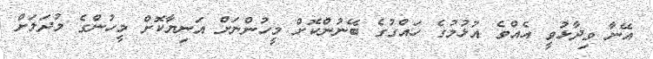
އޭނާ ވިދާޅުވީ އެއްވެ އުޅުމުގެ ހައްގުގެ ބޭނުންކޮށް މީހުންނަށް އަނިޔާކޮށް މީހުންގެ މުދަލަށް